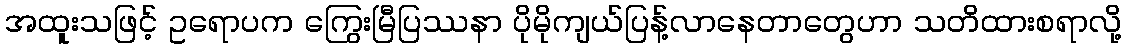
အထူးသဖြင့် ဥရောပက ကြွေးမြီပြဿနာ ပိုမိုကျယ်ပြန့်လာနေတာတွေဟာ သတိထားစရာလို့